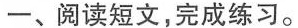
一、阅读短文，完成练习。